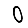
Digit: 0